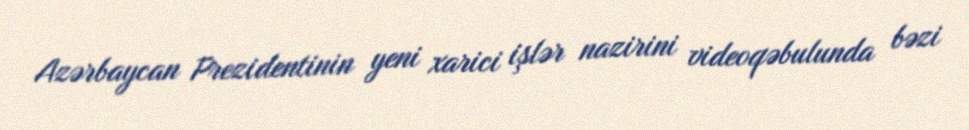
Azərbaycan Prezidentinin yeni xarici işlər nazirini videoqəbulunda bəzi